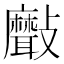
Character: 𣀯